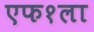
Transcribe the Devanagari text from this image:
एफ१ला